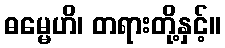
ဓမ္မေဟိ၊ တရားတို့နှင့်။